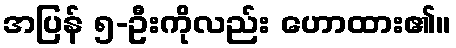
အပြန် ၅-ဦးကိုလည်း ဟောထား၏။